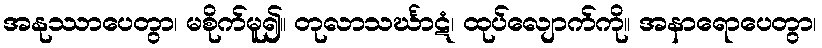
အနုဿာပေတွာ၊ မစိုက်မူ၍။ တုလာသင်္ဃာဋံ၊ ထုပ်လျောက်ကို။ အနာရောပေတွာ၊